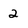
Character: 2